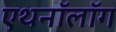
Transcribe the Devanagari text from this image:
एथनॉलॉग